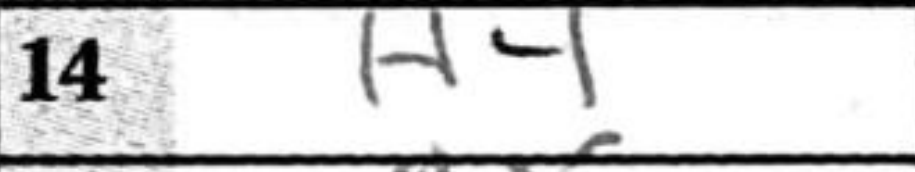
Transcription: h4